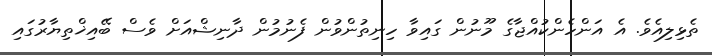
ތެޅިލިއެވެ. އެ އަންހެންކުއްޖާގެ މޫނުން ގައިވާ ހިނިތުންވުން ފެނުމުން ދާނިޝްއަށް ވެސް ބޭއިޚްތިޔާރުގަައި